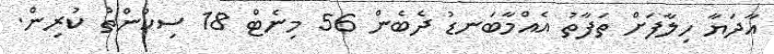
އާދަޔާ ހިލާފަށް ތަފާތު އެއްމާބަނޑު ދެބެން 56 މިނެޓް 18 ސިކުންތު ކުރިން.